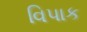
વિપાક